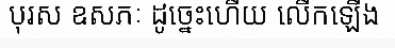
បុរស ឧសភៈ ដូច្នេះហើយ លើកឡើង